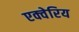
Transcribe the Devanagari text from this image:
एक्वेरिय